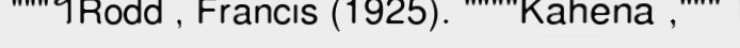
"""។Rodd , Francis (1925). """"Kahena ,"""